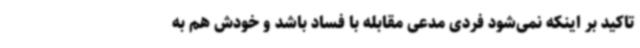
تاکید بر اینکه نمی‌شود فردی مدعی مقابله با فساد باشد و خودش هم به